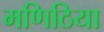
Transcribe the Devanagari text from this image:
मणिठिया